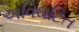
અવિઘટિત